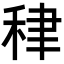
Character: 𥞰